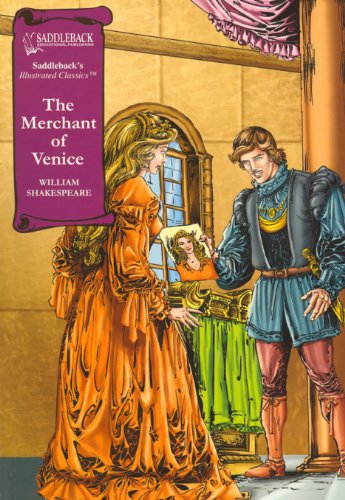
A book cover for The Merchant of Venice (Saddleback's Illustrated Classics); William Shakespeare; Literature & Fiction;